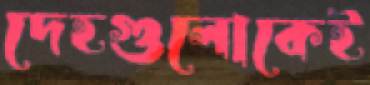
দেহগুলোকেই